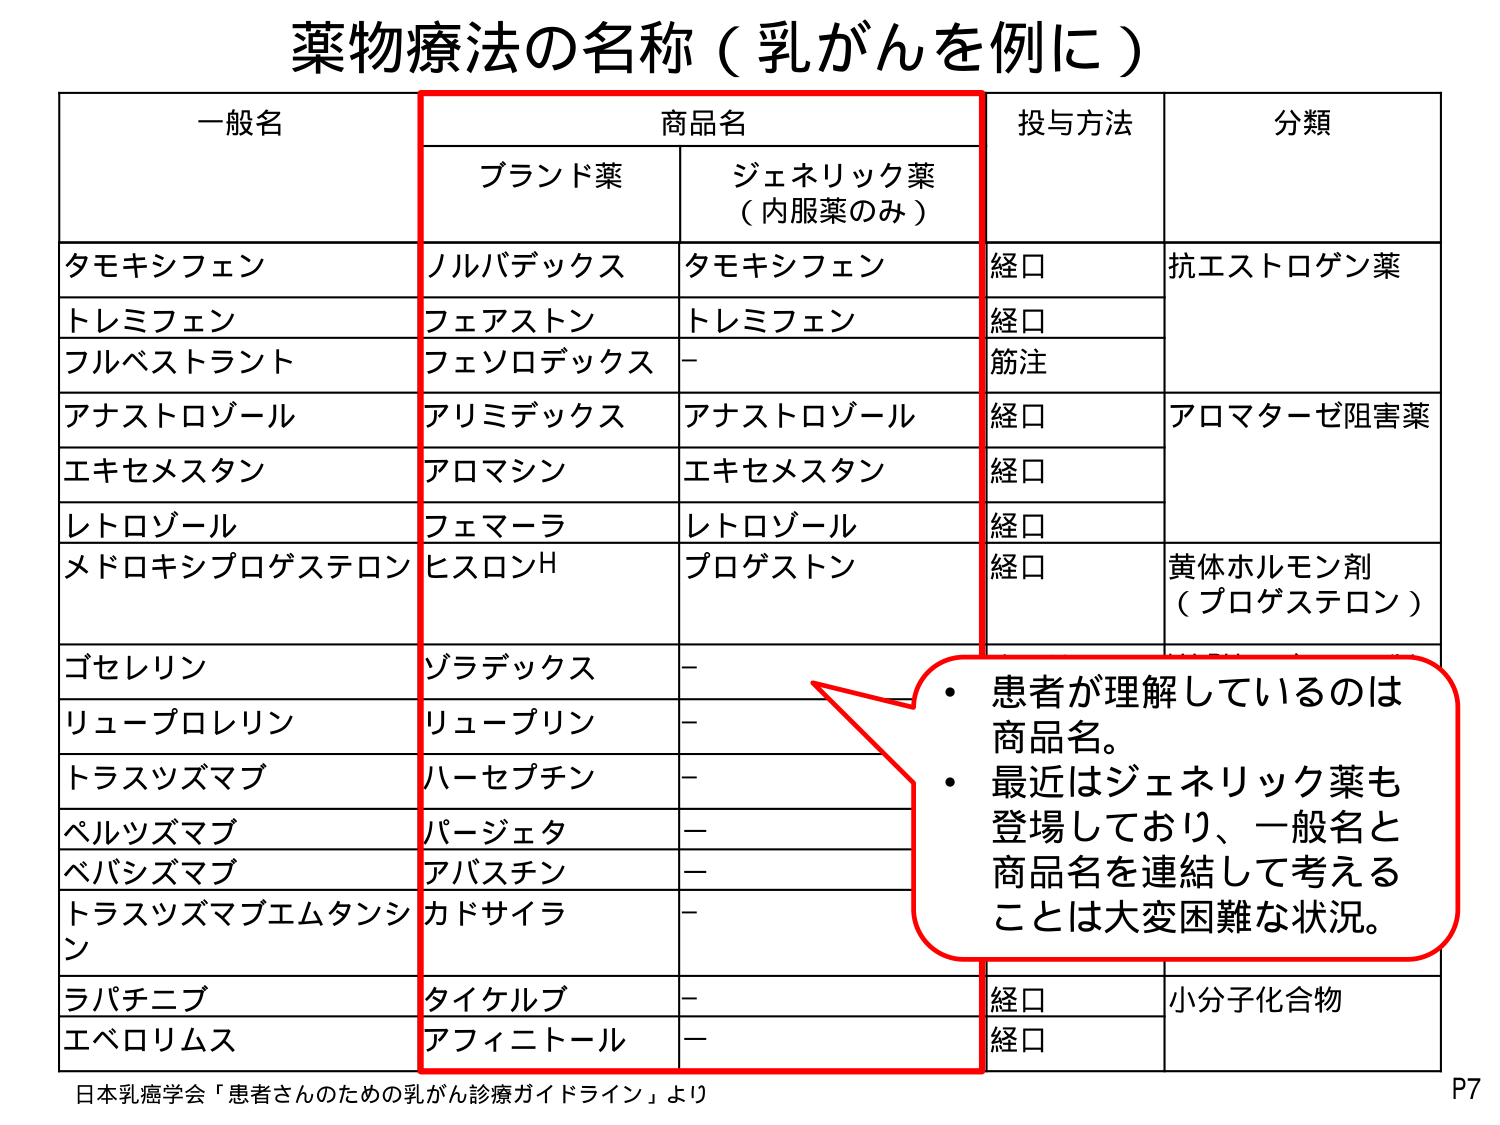
薬物療法の名称（乳がんを例に）

一般名　　　　　　　商品名　　　　　　　投与方法　　　　　分類
　　　　　　　　ブランド薬　　　ジェネリック薬
　　　　　　　　　　　　　　　　（内服薬のみ）

タモキシフェン　　　ノルバデックス　　　タモキシフェン　　　経口　　　抗エストロゲン薬
トレミフェン　　　　フェアストン　　　　トレミフェン　　　　経口
フルベストラント　　フェソロデックス　　－　　　　　　　　筋注
アナストロゾール　　アリミデックス　　アナストロゾール　　経口　　　アロマターゼ阻害薬
エキセメスタン　　アロマシン　　　　エキセメスタン　　　経口
レトロゾール　　　フェマーラ　　　　レトロゾール　　　　経口
メドロキシプロゲステロン　ヒスロンH　　　プロゲストン　　　経口　　　黄体ホルモン剤
　　　　　　　　　　　　　　　　　　　　　　　　　　　　（プロゲステロン）

ゴセレリン　　　　ゾラデックス　　　－
リュープロレリン　リュープリン　　　－
トラスツズマブ　　ハーセプチン　　　－
ペルツズマブ　　パージェタ　　　　－
ベバシズマブ　　アバスチン　　　　－
トラスツズマブエムタンシン　カドサイラ　　　－
ラパチニブ　　　タイケルブ　　　　－　　　　経口　　　小分子化合物
エベロリムス　　アフィニトール　　　－　　　　経口

・患者が理解しているのは商品名。
・最近はジェネリック薬も登場しており、一般名と商品名を連結して考えることは大変困難な状況。

日本乳癌学会「患者さんのための乳がん診療ガイドライン」より
P7